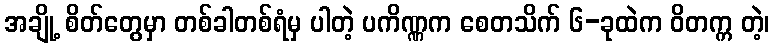
အချို့ စိတ်တွေမှာ တစ်ခါတစ်ရံမှ ပါတဲ့ ပကိဏ္ဏက စေတသိက် ၆-ခုထဲက ဝိတက္က တဲ့၊